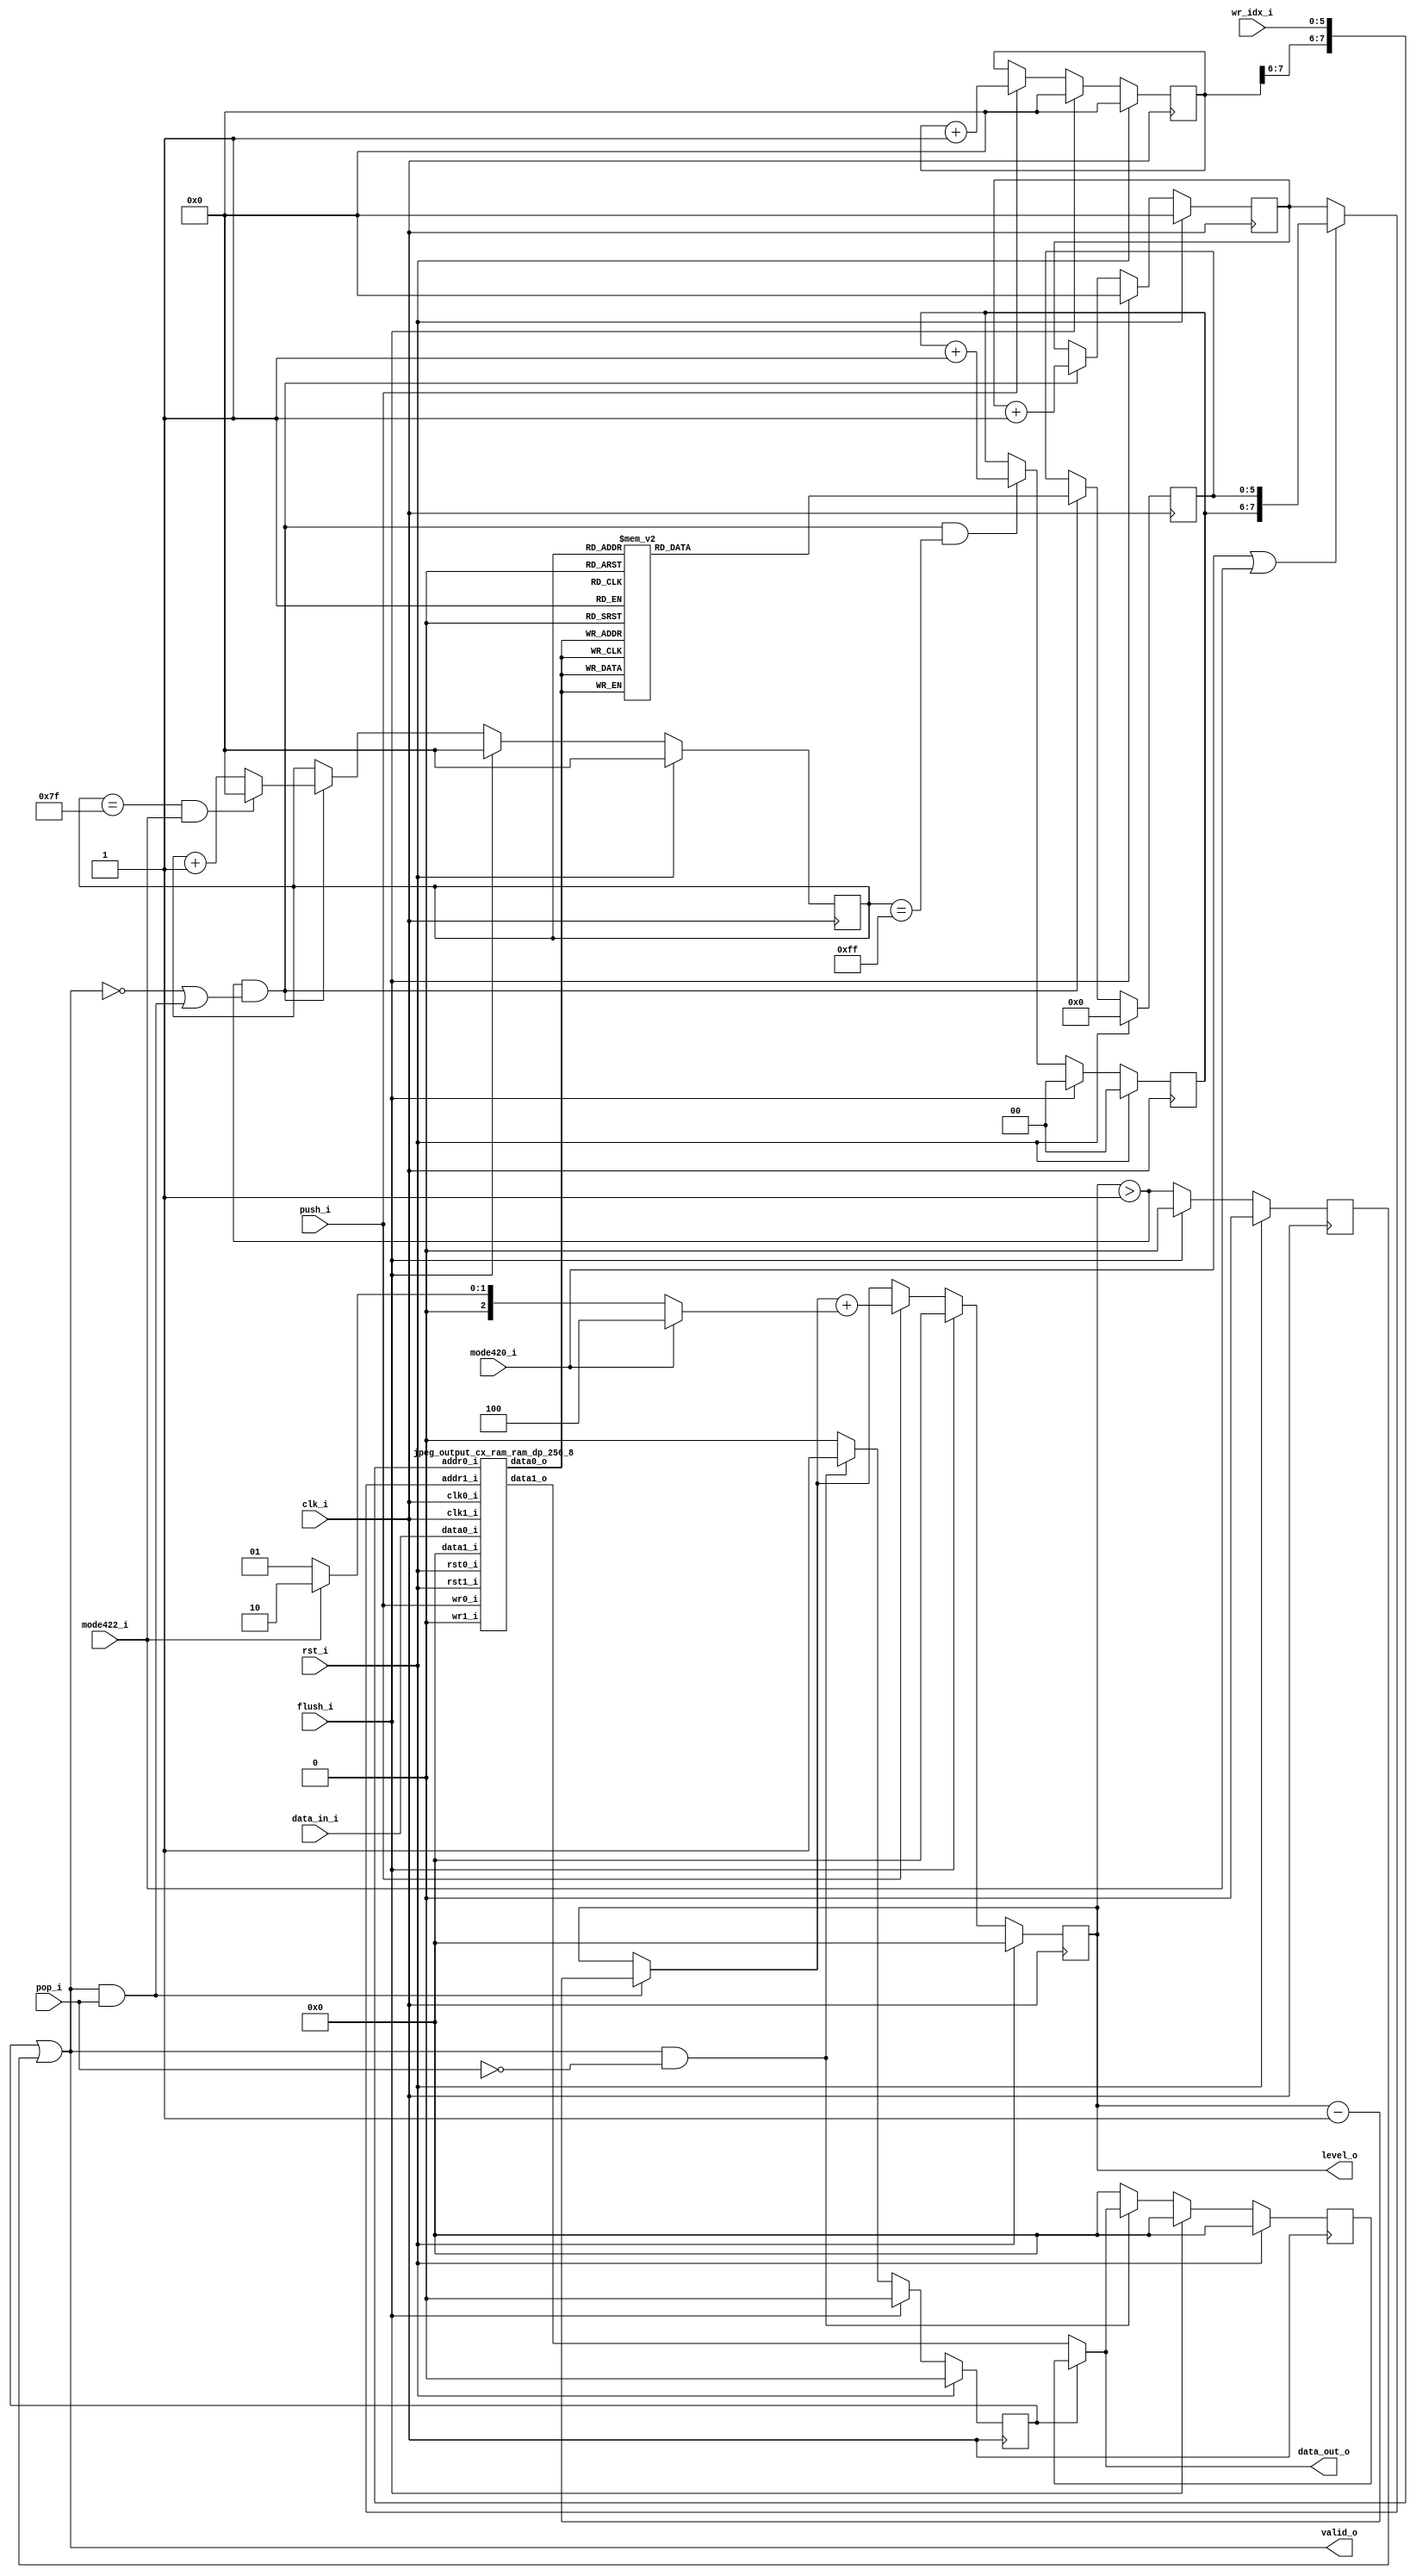
//-----------------------------------------------------------------
//                      Baseline JPEG Decoder
//                             V0.1
//                       Ultra-Embedded.com
//                        Copyright 2020
//
//                   admin@ultra-embedded.com
//-----------------------------------------------------------------
//                      License: Apache 2.0
// This IP can be freely used in commercial projects, however you may
// want access to unreleased materials such as verification environments,
// or test vectors, as well as changes to the IP for integration purposes.
// If this is the case, contact the above address.
// I am interested to hear how and where this IP is used, so please get
// in touch!
//-----------------------------------------------------------------
// Copyright 2020 Ultra-Embedded.com
// 
// Licensed under the Apache License, Version 2.0 (the "License");
// you may not use this file except in compliance with the License.
// You may obtain a copy of the License at
// 
//     http://www.apache.org/licenses/LICENSE-2.0
// 
// Unless required by applicable law or agreed to in writing, software
// distributed under the License is distributed on an "AS IS" BASIS,
// WITHOUT WARRANTIES OR CONDITIONS OF ANY KIND, either express or implied.
// See the License for the specific language governing permissions and
// limitations under the License.
//-----------------------------------------------------------------
// This file has been modified to add support for YCBCR 4:2:2
//-----------------------------------------------------------------

module jpeg_output_cx_ram
(
    // Inputs
     input           clk_i
    ,input           rst_i
    ,input  [  5:0]  wr_idx_i
    ,input  [ 31:0]  data_in_i
    ,input           push_i
    ,input           mode420_i
    ,input           mode422_i
    ,input           pop_i
    ,input           flush_i

    // Outputs
    ,output [ 31:0]  data_out_o
    ,output          valid_o
    ,output [ 31:0]  level_o
);



//-----------------------------------------------------------------
// Registers
//-----------------------------------------------------------------
reg [7:0]   rd_ptr_q;
reg [7:0]   wr_ptr_q;

//-----------------------------------------------------------------
// Write Side
//-----------------------------------------------------------------
wire [7:0] write_next_w = wr_ptr_q + 8'd1;

always @ (posedge clk_i )
if (rst_i)
    wr_ptr_q <= 8'b0;
else if (flush_i)
    wr_ptr_q <= 8'b0;
// Push
else if (push_i)
    wr_ptr_q <= write_next_w;

//-----------------------------------------------------------------
// Read Side
//-----------------------------------------------------------------
wire read_ok_w = (level_o > 32'd1);
reg  rd_q;

always @ (posedge clk_i )
if (rst_i)
    rd_q <= 1'b0;
else if (flush_i)
    rd_q <= 1'b0;
else
    rd_q <= read_ok_w;

wire [7:0] rd_ptr_next_w = rd_ptr_q + 8'd1;

always @ (posedge clk_i )
if (rst_i)
    rd_ptr_q <= 8'b0;
else if (flush_i)
    rd_ptr_q <= 8'b0;
else if (read_ok_w && ((!valid_o) || (valid_o && pop_i)))
    rd_ptr_q <= rd_ptr_next_w;

//-------------------------------------------------------------------
// Chroma subsampling (420) sample addressing
//-------------------------------------------------------------------
reg [7:0] cx_idx_q;

reg [5:0] cx_rd_ptr_r;

always @ *
begin
    case (cx_idx_q)
    8'd0: cx_rd_ptr_r = 6'd0;
    8'd1: cx_rd_ptr_r = 6'd1;
    8'd2: cx_rd_ptr_r = 6'd1;
    8'd3: cx_rd_ptr_r = 6'd2;
    8'd4: cx_rd_ptr_r = 6'd2;
    8'd5: cx_rd_ptr_r = 6'd3;
    8'd6: cx_rd_ptr_r = 6'd3;
    8'd7: cx_rd_ptr_r = 6'd0;
    8'd8: cx_rd_ptr_r = 6'd0;
    8'd9: cx_rd_ptr_r = 6'd1;
    8'd10: cx_rd_ptr_r = 6'd1;
    8'd11: cx_rd_ptr_r = 6'd2;
    8'd12: cx_rd_ptr_r = 6'd2;
    8'd13: cx_rd_ptr_r = 6'd3;
    8'd14: cx_rd_ptr_r = 6'd3;
    8'd15: cx_rd_ptr_r = 6'd8;
    8'd16: cx_rd_ptr_r = 6'd8;
    8'd17: cx_rd_ptr_r = 6'd9;
    8'd18: cx_rd_ptr_r = 6'd9;
    8'd19: cx_rd_ptr_r = 6'd10;
    8'd20: cx_rd_ptr_r = 6'd10;
    8'd21: cx_rd_ptr_r = 6'd11;
    8'd22: cx_rd_ptr_r = 6'd11;
    8'd23: cx_rd_ptr_r = 6'd8;
    8'd24: cx_rd_ptr_r = 6'd8;
    8'd25: cx_rd_ptr_r = 6'd9;
    8'd26: cx_rd_ptr_r = 6'd9;
    8'd27: cx_rd_ptr_r = 6'd10;
    8'd28: cx_rd_ptr_r = 6'd10;
    8'd29: cx_rd_ptr_r = 6'd11;
    8'd30: cx_rd_ptr_r = 6'd11;
    8'd31: cx_rd_ptr_r = 6'd16;
    8'd32: cx_rd_ptr_r = 6'd16;
    8'd33: cx_rd_ptr_r = 6'd17;
    8'd34: cx_rd_ptr_r = 6'd17;
    8'd35: cx_rd_ptr_r = 6'd18;
    8'd36: cx_rd_ptr_r = 6'd18;
    8'd37: cx_rd_ptr_r = 6'd19;
    8'd38: cx_rd_ptr_r = 6'd19;
    8'd39: cx_rd_ptr_r = 6'd16;
    8'd40: cx_rd_ptr_r = 6'd16;
    8'd41: cx_rd_ptr_r = 6'd17;
    8'd42: cx_rd_ptr_r = 6'd17;
    8'd43: cx_rd_ptr_r = 6'd18;
    8'd44: cx_rd_ptr_r = 6'd18;
    8'd45: cx_rd_ptr_r = 6'd19;
    8'd46: cx_rd_ptr_r = 6'd19;
    8'd47: cx_rd_ptr_r = 6'd24;
    8'd48: cx_rd_ptr_r = 6'd24;
    8'd49: cx_rd_ptr_r = 6'd25;
    8'd50: cx_rd_ptr_r = 6'd25;
    8'd51: cx_rd_ptr_r = 6'd26;
    8'd52: cx_rd_ptr_r = 6'd26;
    8'd53: cx_rd_ptr_r = 6'd27;
    8'd54: cx_rd_ptr_r = 6'd27;
    8'd55: cx_rd_ptr_r = 6'd24;
    8'd56: cx_rd_ptr_r = 6'd24;
    8'd57: cx_rd_ptr_r = 6'd25;
    8'd58: cx_rd_ptr_r = 6'd25;
    8'd59: cx_rd_ptr_r = 6'd26;
    8'd60: cx_rd_ptr_r = 6'd26;
    8'd61: cx_rd_ptr_r = 6'd27;
    8'd62: cx_rd_ptr_r = 6'd27;
    8'd63: cx_rd_ptr_r = 6'd4;
    8'd64: cx_rd_ptr_r = 6'd4;
    8'd65: cx_rd_ptr_r = 6'd5;
    8'd66: cx_rd_ptr_r = 6'd5;
    8'd67: cx_rd_ptr_r = 6'd6;
    8'd68: cx_rd_ptr_r = 6'd6;
    8'd69: cx_rd_ptr_r = 6'd7;
    8'd70: cx_rd_ptr_r = 6'd7;
    8'd71: cx_rd_ptr_r = 6'd4;
    8'd72: cx_rd_ptr_r = 6'd4;
    8'd73: cx_rd_ptr_r = 6'd5;
    8'd74: cx_rd_ptr_r = 6'd5;
    8'd75: cx_rd_ptr_r = 6'd6;
    8'd76: cx_rd_ptr_r = 6'd6;
    8'd77: cx_rd_ptr_r = 6'd7;
    8'd78: cx_rd_ptr_r = 6'd7;
    8'd79: cx_rd_ptr_r = 6'd12;
    8'd80: cx_rd_ptr_r = 6'd12;
    8'd81: cx_rd_ptr_r = 6'd13;
    8'd82: cx_rd_ptr_r = 6'd13;
    8'd83: cx_rd_ptr_r = 6'd14;
    8'd84: cx_rd_ptr_r = 6'd14;
    8'd85: cx_rd_ptr_r = 6'd15;
    8'd86: cx_rd_ptr_r = 6'd15;
    8'd87: cx_rd_ptr_r = 6'd12;
    8'd88: cx_rd_ptr_r = 6'd12;
    8'd89: cx_rd_ptr_r = 6'd13;
    8'd90: cx_rd_ptr_r = 6'd13;
    8'd91: cx_rd_ptr_r = 6'd14;
    8'd92: cx_rd_ptr_r = 6'd14;
    8'd93: cx_rd_ptr_r = 6'd15;
    8'd94: cx_rd_ptr_r = 6'd15;
    8'd95: cx_rd_ptr_r = 6'd20;
    8'd96: cx_rd_ptr_r = 6'd20;
    8'd97: cx_rd_ptr_r = 6'd21;
    8'd98: cx_rd_ptr_r = 6'd21;
    8'd99: cx_rd_ptr_r = 6'd22;
    8'd100: cx_rd_ptr_r = 6'd22;
    8'd101: cx_rd_ptr_r = 6'd23;
    8'd102: cx_rd_ptr_r = 6'd23;
    8'd103: cx_rd_ptr_r = 6'd20;
    8'd104: cx_rd_ptr_r = 6'd20;
    8'd105: cx_rd_ptr_r = 6'd21;
    8'd106: cx_rd_ptr_r = 6'd21;
    8'd107: cx_rd_ptr_r = 6'd22;
    8'd108: cx_rd_ptr_r = 6'd22;
    8'd109: cx_rd_ptr_r = 6'd23;
    8'd110: cx_rd_ptr_r = 6'd23;
    8'd111: cx_rd_ptr_r = 6'd28;
    8'd112: cx_rd_ptr_r = 6'd28;
    8'd113: cx_rd_ptr_r = 6'd29;
    8'd114: cx_rd_ptr_r = 6'd29;
    8'd115: cx_rd_ptr_r = 6'd30;
    8'd116: cx_rd_ptr_r = 6'd30;
    8'd117: cx_rd_ptr_r = 6'd31;
    8'd118: cx_rd_ptr_r = 6'd31;
    8'd119: cx_rd_ptr_r = 6'd28;
    8'd120: cx_rd_ptr_r = 6'd28;
    8'd121: cx_rd_ptr_r = 6'd29;
    8'd122: cx_rd_ptr_r = 6'd29;
    8'd123: cx_rd_ptr_r = 6'd30;
    8'd124: cx_rd_ptr_r = 6'd30;
    8'd125: cx_rd_ptr_r = 6'd31;
    8'd126: cx_rd_ptr_r = 6'd31;
    8'd127: cx_rd_ptr_r = 6'd32;
    8'd128: cx_rd_ptr_r = 6'd32;
    8'd129: cx_rd_ptr_r = 6'd33;
    8'd130: cx_rd_ptr_r = 6'd33;
    8'd131: cx_rd_ptr_r = 6'd34;
    8'd132: cx_rd_ptr_r = 6'd34;
    8'd133: cx_rd_ptr_r = 6'd35;
    8'd134: cx_rd_ptr_r = 6'd35;
    8'd135: cx_rd_ptr_r = 6'd32;
    8'd136: cx_rd_ptr_r = 6'd32;
    8'd137: cx_rd_ptr_r = 6'd33;
    8'd138: cx_rd_ptr_r = 6'd33;
    8'd139: cx_rd_ptr_r = 6'd34;
    8'd140: cx_rd_ptr_r = 6'd34;
    8'd141: cx_rd_ptr_r = 6'd35;
    8'd142: cx_rd_ptr_r = 6'd35;
    8'd143: cx_rd_ptr_r = 6'd40;
    8'd144: cx_rd_ptr_r = 6'd40;
    8'd145: cx_rd_ptr_r = 6'd41;
    8'd146: cx_rd_ptr_r = 6'd41;
    8'd147: cx_rd_ptr_r = 6'd42;
    8'd148: cx_rd_ptr_r = 6'd42;
    8'd149: cx_rd_ptr_r = 6'd43;
    8'd150: cx_rd_ptr_r = 6'd43;
    8'd151: cx_rd_ptr_r = 6'd40;
    8'd152: cx_rd_ptr_r = 6'd40;
    8'd153: cx_rd_ptr_r = 6'd41;
    8'd154: cx_rd_ptr_r = 6'd41;
    8'd155: cx_rd_ptr_r = 6'd42;
    8'd156: cx_rd_ptr_r = 6'd42;
    8'd157: cx_rd_ptr_r = 6'd43;
    8'd158: cx_rd_ptr_r = 6'd43;
    8'd159: cx_rd_ptr_r = 6'd48;
    8'd160: cx_rd_ptr_r = 6'd48;
    8'd161: cx_rd_ptr_r = 6'd49;
    8'd162: cx_rd_ptr_r = 6'd49;
    8'd163: cx_rd_ptr_r = 6'd50;
    8'd164: cx_rd_ptr_r = 6'd50;
    8'd165: cx_rd_ptr_r = 6'd51;
    8'd166: cx_rd_ptr_r = 6'd51;
    8'd167: cx_rd_ptr_r = 6'd48;
    8'd168: cx_rd_ptr_r = 6'd48;
    8'd169: cx_rd_ptr_r = 6'd49;
    8'd170: cx_rd_ptr_r = 6'd49;
    8'd171: cx_rd_ptr_r = 6'd50;
    8'd172: cx_rd_ptr_r = 6'd50;
    8'd173: cx_rd_ptr_r = 6'd51;
    8'd174: cx_rd_ptr_r = 6'd51;
    8'd175: cx_rd_ptr_r = 6'd56;
    8'd176: cx_rd_ptr_r = 6'd56;
    8'd177: cx_rd_ptr_r = 6'd57;
    8'd178: cx_rd_ptr_r = 6'd57;
    8'd179: cx_rd_ptr_r = 6'd58;
    8'd180: cx_rd_ptr_r = 6'd58;
    8'd181: cx_rd_ptr_r = 6'd59;
    8'd182: cx_rd_ptr_r = 6'd59;
    8'd183: cx_rd_ptr_r = 6'd56;
    8'd184: cx_rd_ptr_r = 6'd56;
    8'd185: cx_rd_ptr_r = 6'd57;
    8'd186: cx_rd_ptr_r = 6'd57;
    8'd187: cx_rd_ptr_r = 6'd58;
    8'd188: cx_rd_ptr_r = 6'd58;
    8'd189: cx_rd_ptr_r = 6'd59;
    8'd190: cx_rd_ptr_r = 6'd59;
    8'd191: cx_rd_ptr_r = 6'd36;
    8'd192: cx_rd_ptr_r = 6'd36;
    8'd193: cx_rd_ptr_r = 6'd37;
    8'd194: cx_rd_ptr_r = 6'd37;
    8'd195: cx_rd_ptr_r = 6'd38;
    8'd196: cx_rd_ptr_r = 6'd38;
    8'd197: cx_rd_ptr_r = 6'd39;
    8'd198: cx_rd_ptr_r = 6'd39;
    8'd199: cx_rd_ptr_r = 6'd36;
    8'd200: cx_rd_ptr_r = 6'd36;
    8'd201: cx_rd_ptr_r = 6'd37;
    8'd202: cx_rd_ptr_r = 6'd37;
    8'd203: cx_rd_ptr_r = 6'd38;
    8'd204: cx_rd_ptr_r = 6'd38;
    8'd205: cx_rd_ptr_r = 6'd39;
    8'd206: cx_rd_ptr_r = 6'd39;
    8'd207: cx_rd_ptr_r = 6'd44;
    8'd208: cx_rd_ptr_r = 6'd44;
    8'd209: cx_rd_ptr_r = 6'd45;
    8'd210: cx_rd_ptr_r = 6'd45;
    8'd211: cx_rd_ptr_r = 6'd46;
    8'd212: cx_rd_ptr_r = 6'd46;
    8'd213: cx_rd_ptr_r = 6'd47;
    8'd214: cx_rd_ptr_r = 6'd47;
    8'd215: cx_rd_ptr_r = 6'd44;
    8'd216: cx_rd_ptr_r = 6'd44;
    8'd217: cx_rd_ptr_r = 6'd45;
    8'd218: cx_rd_ptr_r = 6'd45;
    8'd219: cx_rd_ptr_r = 6'd46;
    8'd220: cx_rd_ptr_r = 6'd46;
    8'd221: cx_rd_ptr_r = 6'd47;
    8'd222: cx_rd_ptr_r = 6'd47;
    8'd223: cx_rd_ptr_r = 6'd52;
    8'd224: cx_rd_ptr_r = 6'd52;
    8'd225: cx_rd_ptr_r = 6'd53;
    8'd226: cx_rd_ptr_r = 6'd53;
    8'd227: cx_rd_ptr_r = 6'd54;
    8'd228: cx_rd_ptr_r = 6'd54;
    8'd229: cx_rd_ptr_r = 6'd55;
    8'd230: cx_rd_ptr_r = 6'd55;
    8'd231: cx_rd_ptr_r = 6'd52;
    8'd232: cx_rd_ptr_r = 6'd52;
    8'd233: cx_rd_ptr_r = 6'd53;
    8'd234: cx_rd_ptr_r = 6'd53;
    8'd235: cx_rd_ptr_r = 6'd54;
    8'd236: cx_rd_ptr_r = 6'd54;
    8'd237: cx_rd_ptr_r = 6'd55;
    8'd238: cx_rd_ptr_r = 6'd55;
    8'd239: cx_rd_ptr_r = 6'd60;
    8'd240: cx_rd_ptr_r = 6'd60;
    8'd241: cx_rd_ptr_r = 6'd61;
    8'd242: cx_rd_ptr_r = 6'd61;
    8'd243: cx_rd_ptr_r = 6'd62;
    8'd244: cx_rd_ptr_r = 6'd62;
    8'd245: cx_rd_ptr_r = 6'd63;
    8'd246: cx_rd_ptr_r = 6'd63;
    8'd247: cx_rd_ptr_r = 6'd60;
    8'd248: cx_rd_ptr_r = 6'd60;
    8'd249: cx_rd_ptr_r = 6'd61;
    8'd250: cx_rd_ptr_r = 6'd61;
    8'd251: cx_rd_ptr_r = 6'd62;
    8'd252: cx_rd_ptr_r = 6'd62;
    8'd253: cx_rd_ptr_r = 6'd63;
    8'd254: cx_rd_ptr_r = 6'd63;
    default: cx_rd_ptr_r = 6'd0;
    endcase
end

always @ (posedge clk_i )
if (rst_i)
    cx_idx_q    <= 8'b0;
else if (flush_i)
    cx_idx_q    <= 8'b0;
else if (read_ok_w && ((!valid_o) || (valid_o && pop_i)))
    cx_idx_q    <= ((cx_idx_q == 8'd127) && mode422_i) ? 0 : cx_idx_q + 8'd1;

reg [1:0] cx_half_q;

always @ (posedge clk_i )
if (rst_i)
    cx_half_q    <= 2'b0;
else if (flush_i)
    cx_half_q    <= 2'b0;
else if (read_ok_w && ((!valid_o) || (valid_o && pop_i)) && cx_idx_q == 8'd255)
    cx_half_q    <= cx_half_q + 2'd1;

reg [5:0] cx_rd_ptr_q;

always @ (posedge clk_i )
if (rst_i)
    cx_rd_ptr_q <= 6'b0;
else if (read_ok_w && ((!valid_o) || (valid_o && pop_i)))
    cx_rd_ptr_q <= cx_rd_ptr_r;

wire [7:0] rd_addr_w = (mode420_i || mode422_i) ? {cx_half_q, cx_rd_ptr_q} : rd_ptr_q;

//-------------------------------------------------------------------
// Read Skid Buffer
//-------------------------------------------------------------------
reg                rd_skid_q;
reg [31:0] rd_skid_data_q;

always @ (posedge clk_i )
if (rst_i)
begin
    rd_skid_q <= 1'b0;
    rd_skid_data_q <= 32'b0;
end
else if (flush_i)
begin
    rd_skid_q <= 1'b0;
    rd_skid_data_q <= 32'b0;
end
else if (valid_o && !pop_i)
begin
    rd_skid_q      <= 1'b1;
    rd_skid_data_q <= data_out_o;
end
else
begin
    rd_skid_q      <= 1'b0;
    rd_skid_data_q <= 32'b0;
end

//-------------------------------------------------------------------
// Combinatorial
//-------------------------------------------------------------------
assign valid_o       = rd_skid_q | rd_q;

//-------------------------------------------------------------------
// Dual port RAM
//-------------------------------------------------------------------
wire [31:0] data_out_w;

jpeg_output_cx_ram_ram_dp_256_8
u_ram
(
    // Inputs
    .clk0_i(clk_i),
    .rst0_i(rst_i),
    .clk1_i(clk_i),
    .rst1_i(rst_i),

    // Write side
    .addr0_i({wr_ptr_q[7:6], wr_idx_i}),
    .wr0_i(push_i),
    .data0_i(data_in_i),
    .data0_o(),

    // Read side
    .addr1_i(rd_addr_w),
    .data1_i(32'b0),
    .wr1_i(1'b0),
    .data1_o(data_out_w)
);

assign data_out_o = rd_skid_q ? rd_skid_data_q : data_out_w;


//-------------------------------------------------------------------
// Level
//-------------------------------------------------------------------
reg [31:0]  count_q;
reg [31:0]  count_r;

always @ *
begin
    count_r = count_q;

    if (pop_i && valid_o)
        count_r = count_r - 32'd1;

    if (push_i)
        count_r = count_r + (mode420_i ? 32'd4 : (mode422_i ? 32'd2 : 32'd1));
end

always @ (posedge clk_i )
if (rst_i)
    count_q   <= 32'b0;
else if (flush_i)
    count_q   <= 32'b0;
else
    count_q <= count_r;

assign level_o = count_q;

endmodule

//-------------------------------------------------------------------
// Dual port RAM
//-------------------------------------------------------------------
module jpeg_output_cx_ram_ram_dp_256_8
(
    // Inputs
     input           clk0_i
    ,input           rst0_i
    ,input  [ 7:0]  addr0_i
    ,input  [ 31:0]  data0_i
    ,input           wr0_i
    ,input           clk1_i
    ,input           rst1_i
    ,input  [ 7:0]  addr1_i
    ,input  [ 31:0]  data1_i
    ,input           wr1_i

    // Outputs
    ,output [ 31:0]  data0_o
    ,output [ 31:0]  data1_o
);

/* verilator lint_off MULTIDRIVEN */
reg [31:0]   ram [255:0] /*verilator public*/;
/* verilator lint_on MULTIDRIVEN */

reg [31:0] ram_read0_q;
reg [31:0] ram_read1_q;

// Synchronous write
always @ (posedge clk0_i)
begin
    if (wr0_i)
        ram[addr0_i] <= data0_i;

    ram_read0_q <= ram[addr0_i];
end

always @ (posedge clk1_i)
begin
    if (wr1_i)
        ram[addr1_i] <= data1_i;

    ram_read1_q <= ram[addr1_i];
end

assign data0_o = ram_read0_q;
assign data1_o = ram_read1_q;



endmodule